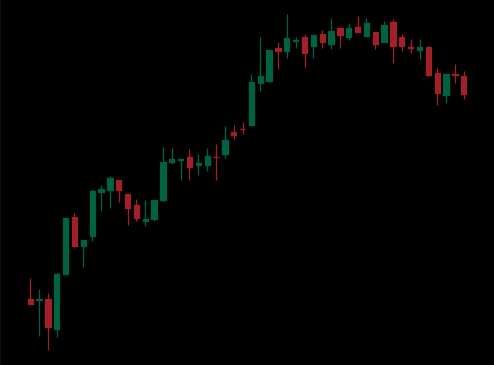
Pattern: bear_flag